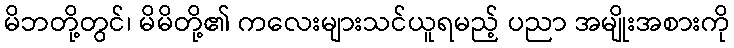
မိဘတို့တွင်၊ မိမိတို့၏ ကလေးများသင်ယူရမည့် ပညာ အမျိုးအစားကို